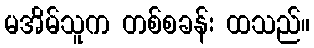
မအိမ်သူက တစ်စခန်း ထသည်။